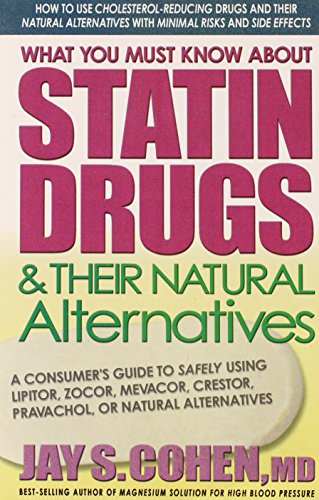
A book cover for What You Must Know about Statin Drugs & Their Natural Alternatives: A Consumer's Guide to Safely Using Lipitor, Zocor, Mevacor, Crestor, Pravachol, or Natural Alternatives; Jay S. Cohen MD; Health, Fitness & Dieting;